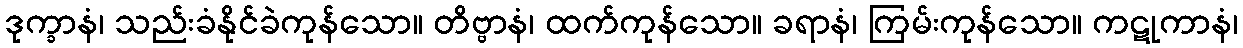
ဒုက္ခာနံ၊ သည်းခံနိုင်ခဲကုန်သော။ တိဗ္ဗာနံ၊ ထက်ကုန်သော။ ခရာနံ၊ ကြမ်းကုန်သော။ ကဋုကာနံ၊